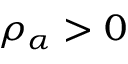
\rho _ { \alpha } > 0